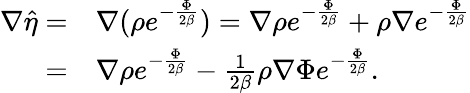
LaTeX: \begin{array}{rl}{\nabla\hat{\eta}=}&{\nabla(\rho e^{-\frac{\Phi}{2\beta}})=\nabla\rho e^{-\frac{\Phi}{2\beta}}+\rho\nabla e^{-\frac{\Phi}{2\beta}}}\\ {=}&{\nabla\rho e^{-\frac{\Phi}{2\beta}}-\frac{1}{2\beta}\rho\nabla\Phi e^{-\frac{\Phi}{2\beta}}.}\end{array}